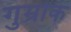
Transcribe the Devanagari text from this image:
गुम्रोक